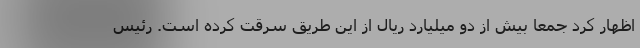
اظهار کرد جمعا بیش از دو میلیارد ریال از این طریق سرقت کرده است. رئیس